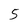
Character: 5